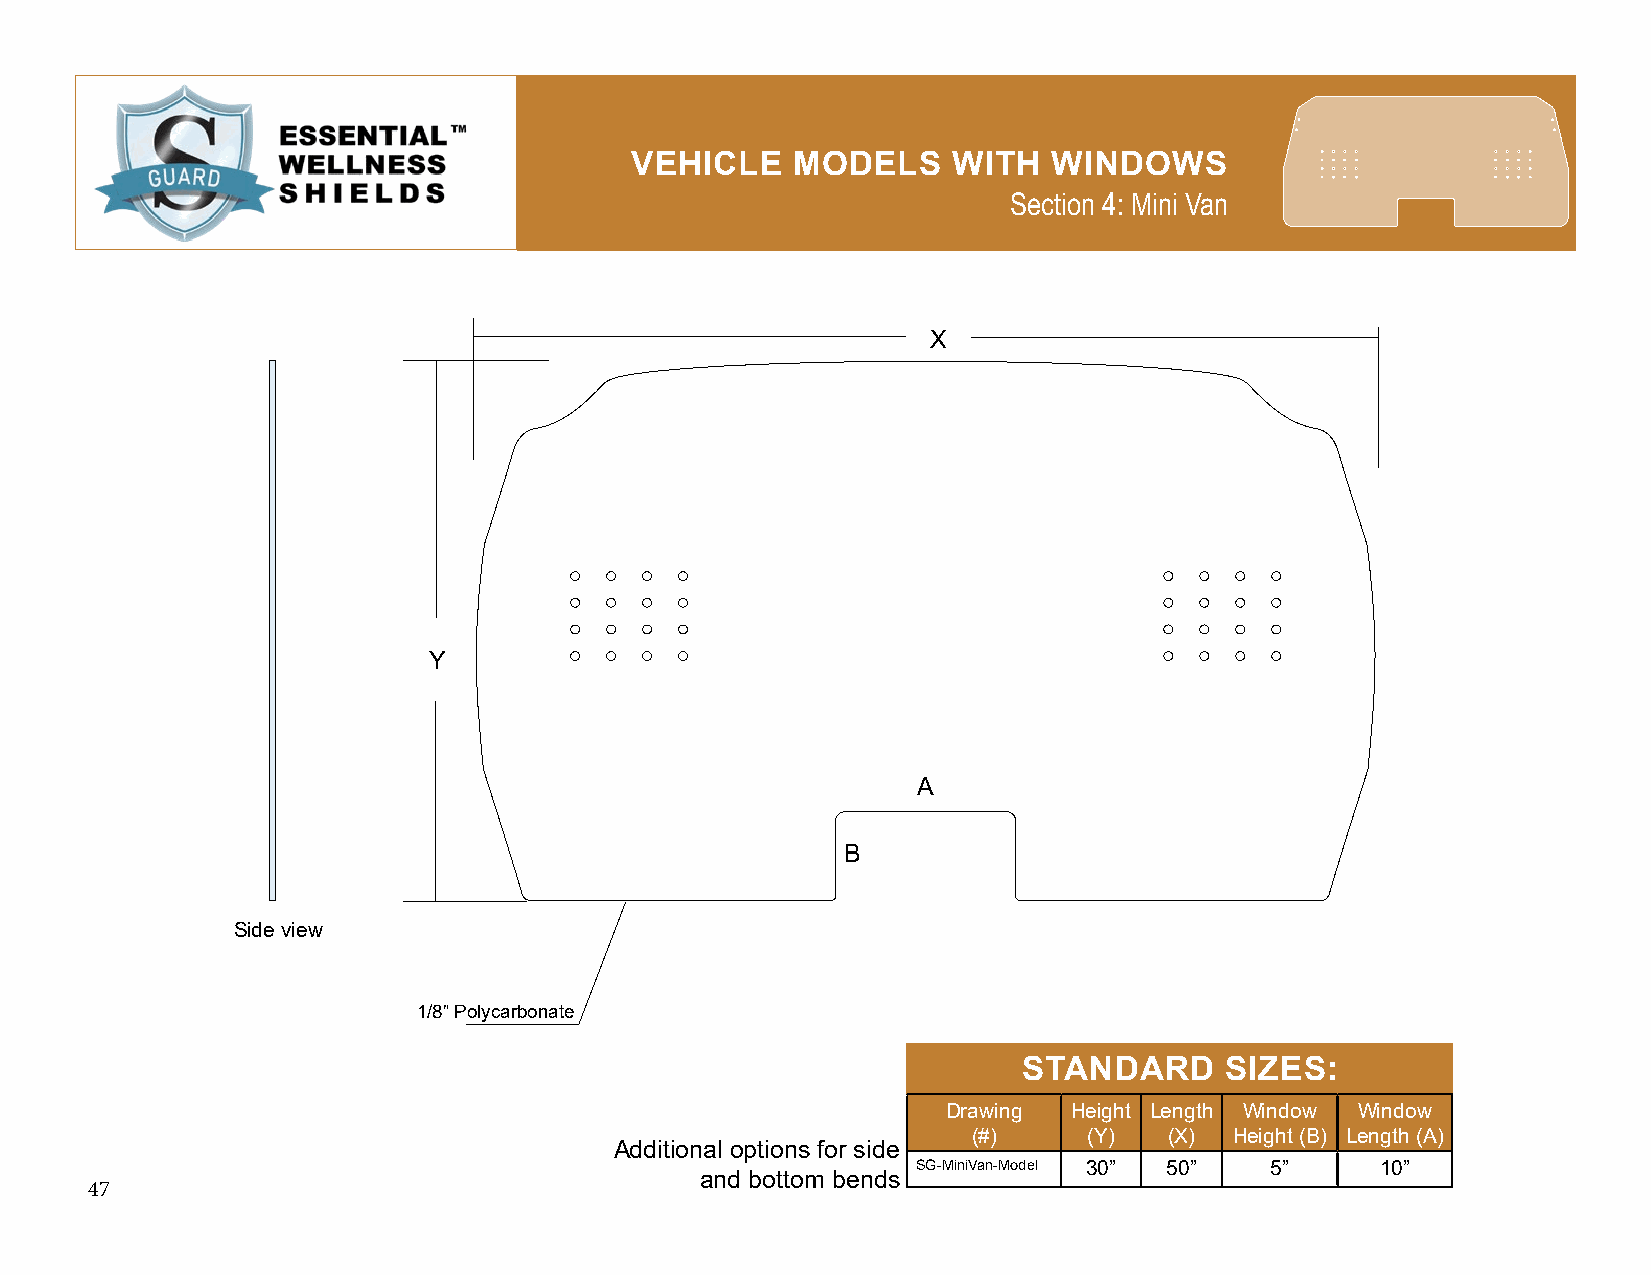
VEHICLE    MODELS    WITH   WINDOWS
 Section 4: Mini Van
 X
 Y
 A
 B
 Side view
 1/8” Polycarbonate
 STANDARD     SIZES:
 Drawing Height Length Window Window
 (#)     (Y)  (X)  Height (B) Length (A)
 Additional options for side
 SG-MiniVan-Model 30” 50” 5”   10”
 and bottom bends
 47